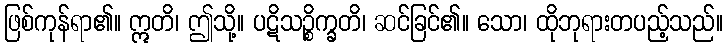
ဖြစ်ကုန်ရာ၏။ ဣတိ၊ ဤသို့။ ပဋိသဉ္စိက္ခတိ၊ ဆင်ခြင်၏။ သော၊ ထိုဘုရားတပည့်သည်။